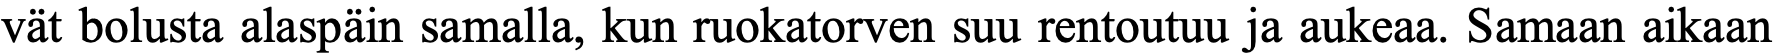
vät bolusta alaspäin samalla, kun ruokatorven suu rentoutuu ja aukeaa. Samaan aikaan